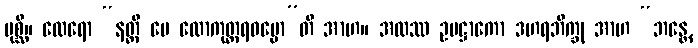
ပုစ္ဆိ။ ထေရော “နတ္ထိ မေ လောကုတ္တရဓမ္မော”တိ အာဟ။ အထဿ ဥပဋ္ဌာကော ဒဟရဘိက္ခု အာဟ “ဘန္တေ,